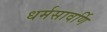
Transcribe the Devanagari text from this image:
धर्मसावर्णि